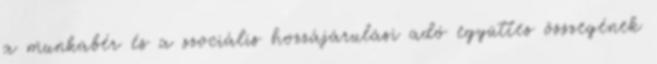
a munkabér és a szociális hozzájárulási adó együttes összegének